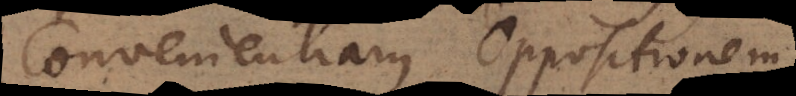
Convenientiam, Oppositionem,